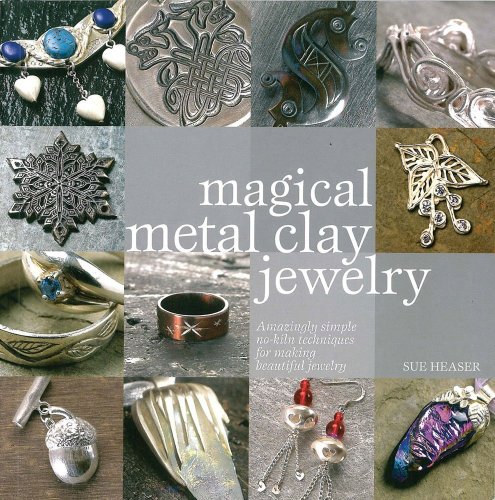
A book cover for Magical Metal Clay Jewelry; Sue Heaser; Crafts, Hobbies & Home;